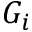
G _ { i }